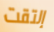
إلتقت